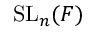
\mathrm { S L } _ { n } ( F )